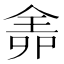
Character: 𠌆